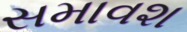
સમાવશ